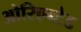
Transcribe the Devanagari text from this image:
ओरिएन्टेड